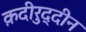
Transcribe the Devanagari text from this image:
क़दीरुद्दीन